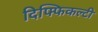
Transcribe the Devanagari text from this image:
दिफ्फिकल्टी